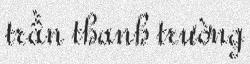
trần thanh trường